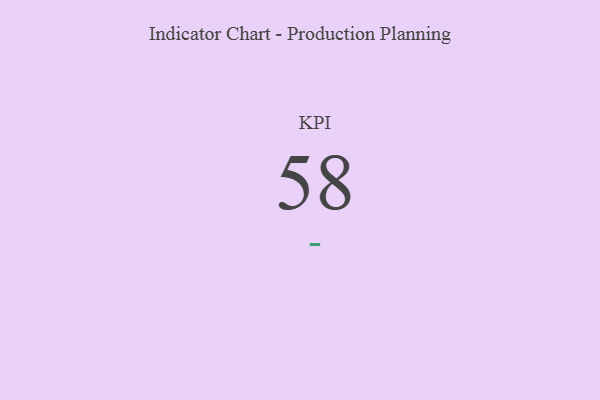
{"axis": {"x": "KPI", "y": "Value"}, "legend": [""], "data": [{"x": "KPI", "y": 58, "type": ""}]}